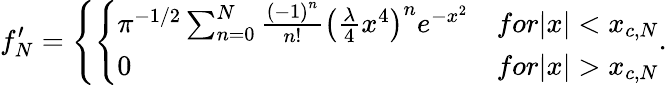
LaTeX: f_{N}^{\prime}=\left\{ \left\{ \begin{array}{ll}{{\pi^{-1/2}\sum_{n=0}^{N}{\frac{\left(-1\right)^{n}}{n!}}\left({\frac{\lambda}{4}}x^{4}\right)^{n}e^{-x^{2}}}}&{{for|x|<x_{c,N}}}\\ {{0}}&{{for|x|>x_{c,N}}}\end{array}\right.\right..